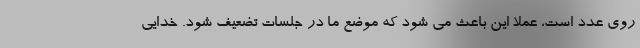
روی عدد است، عملا این باعث می شود که موضع ما در جلسات تضعیف شود. خدایی